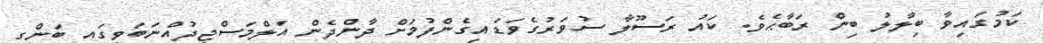
ކަމުގައިވާ ބިލާލު ބިން ރަބާޙެވެ. ކައު ރަސޫލާ ސުވަރުގެވަޑައިގެންފުމަށް ދާންދެން އަލްމަސްޖިދުއްނަބަވީގައި ބަންގި